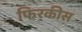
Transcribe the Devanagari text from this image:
फिरकीस